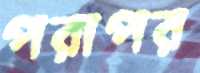
পরাপর